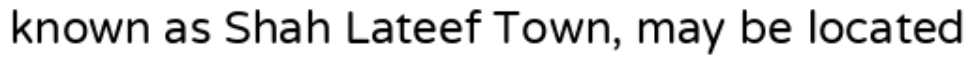
known as Shah Lateef Town, may be located